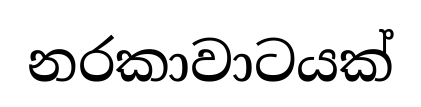
නරකාවාටයක්